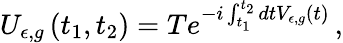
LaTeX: U_{\epsilon,g}\left(t_{1},t_{2}\right)=Te^{-i\int_{t_{1}}^{t_{2}}dtV_{\epsilon,g}(t)}\, ,